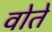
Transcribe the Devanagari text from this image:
वोते